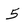
Character: 5